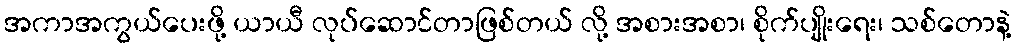
အကာအကွယ်ပေးဖို့ ယာယီ လုပ်ဆောင်တာဖြစ်တယ် လို့ အစားအစာ၊ စိုက်ပျိုးရေး၊ သစ်တောနဲ့